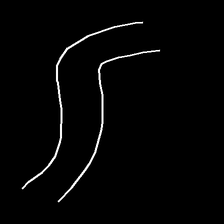
Glyph: float